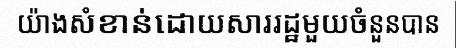
យ៉ាងសំខាន់ដោយសាររដ្ឋមួយចំនួនបាន